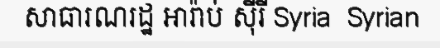
សាធារណរដ្ឋ អារ៉ាប់ ស៊ីរី Syria  Syrian